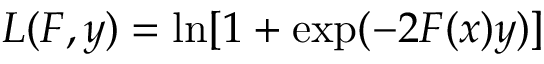
L ( F , y ) = \ln [ 1 + \exp ( - 2 F ( x ) y ) ]